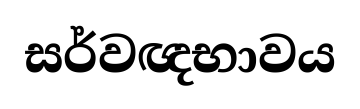
සර්වඥභාවය